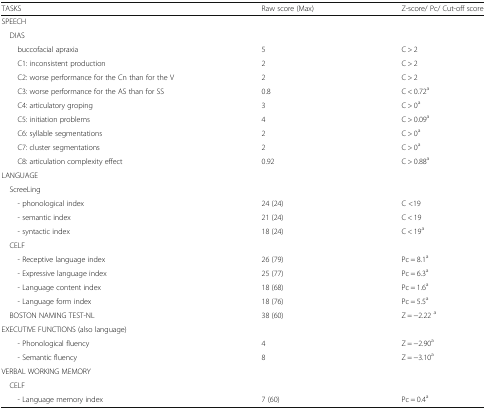
<table><thead><tr><td><b>TASKS</b></td><td><b>Raw score (Max)</b></td><td><b>Z-score/ Pc/ Cut-off score</b></td></tr></thead><tbody><tr><td colspan="3">SPEECH</td></tr><tr><td colspan="3"> DIAS</td></tr><tr><td>buccofacial apraxia</td><td>5</td><td>C &gt; 2</td></tr><tr><td>C1: inconsistent production</td><td>2</td><td>C &gt; 2</td></tr><tr><td>C2: worse performance for the Cn than for the V</td><td>2</td><td>C &gt; 2</td></tr><tr><td>C3: worse performance for the AS than for SS</td><td>0.8</td><td>C &lt; 0.72<sup>a</sup></td></tr><tr><td>C4: articulatory groping</td><td>3</td><td>C &gt; 0<sup>a</sup></td></tr><tr><td>C5: initiation problems</td><td>4</td><td>C &gt; 0.09<sup>a</sup></td></tr><tr><td>C6: syllable segmentations</td><td>2</td><td>C &gt; 0<sup>a</sup></td></tr><tr><td>C7: cluster segmentations</td><td>2</td><td>C &gt; 0<sup>a</sup></td></tr><tr><td>C8: articulation complexity effect</td><td>0.92</td><td>C &gt; 0.88<sup>a</sup></td></tr><tr><td colspan="3">LANGUAGE</td></tr><tr><td colspan="3"> ScreeLing</td></tr><tr><td>- phonological index</td><td>24 (24)</td><td>C &lt;19</td></tr><tr><td>- semantic index</td><td>21 (24)</td><td>C &lt; 19</td></tr><tr><td>- syntactic index</td><td>18 (24)</td><td>C &lt; 19<sup>a</sup></td></tr><tr><td colspan="3"> CELF</td></tr><tr><td>- Receptive language index</td><td>26 (79)</td><td>Pc = 8.1<sup>a</sup></td></tr><tr><td>- Expressive language index</td><td>25 (77)</td><td>Pc = 6.3<sup>a</sup></td></tr><tr><td>- Language content index</td><td>18 (68)</td><td>Pc = 1.6<sup>a</sup></td></tr><tr><td>- Language form index</td><td>18 (76)</td><td>Pc = 5.5<sup>a</sup></td></tr><tr><td> BOSTON NAMING TEST-NL</td><td>38 (60)</td><td>Z = −2.22 <sup>a</sup></td></tr><tr><td colspan="3">EXECUTIVE FUNCTIONS (also language)</td></tr><tr><td>- Phonological fluency</td><td>4</td><td>Z = −2.90<sup>a</sup></td></tr><tr><td>- Semantic fluency</td><td>8</td><td>Z = −3.10<sup>a</sup></td></tr><tr><td colspan="3">VERBAL WORKING MEMORY</td></tr><tr><td colspan="3"> CELF</td></tr><tr><td>- Language memory index</td><td>7 (60)</td><td>Pc = 0.4<sup>a</sup></td></tr></tbody></table>